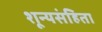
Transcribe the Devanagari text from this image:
शून्यसंहिता